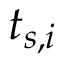
t _ { s , i }